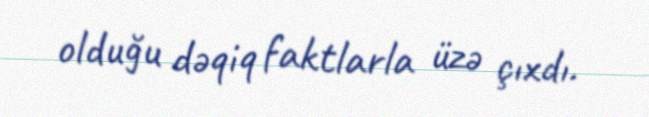
olduğu dəqiq faktlarla üzə çıxdı.